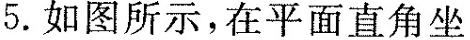
5.如图所示，在平面直角坐